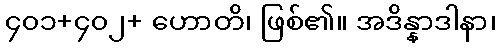
၄၀၁+၄၀၂+ ဟောတိ၊ ဖြစ်၏။ အဒိန္နာဒါနာ၊